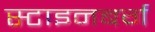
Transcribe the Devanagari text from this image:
स्टाइनबर्ग